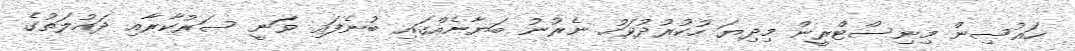
ހައުސިން މިނިސްޓްރީން މިދިޔަ ހުކުރުދުވަހު ނެރުނު ބަޔާނެއްގައި ބުނެފައި ވަނީ ސަރުކާރާއި ދައުލަތުގެ